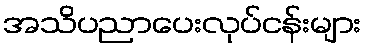
အသိပညာပေးလုပ်ငန်းများ